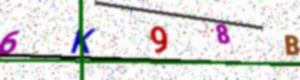
Text: 6K98B